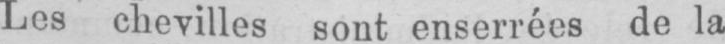
Les chevilles sont enserrées de la